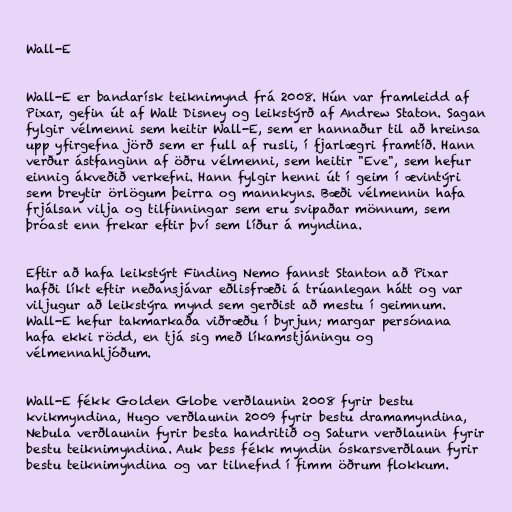
Wall-E

Wall-E er bandarísk teiknimynd frá 2008. Hún var framleidd af
Pixar, gefin út af Walt Disney og leikstýrð af Andrew Staton. Sagan
fylgir vélmenni sem heitir Wall-E, sem er hannaður til að hreinsa
upp yfirgefna jörð sem er full af rusli, í fjarlægri framtíð. Hann
verður ástfanginn af öðru vélmenni, sem heitir "Eve", sem hefur
einnig ákveðið verkefni. Hann fylgir henni út í geim í ævintýri
sem breytir örlögum þeirra og mannkyns. Bæði vélmennin hafa
frjálsan vilja og tilfinningar sem eru svipaðar mönnum, sem
þróast enn frekar eftir því sem líður á myndina.

Eftir að hafa leikstýrt Finding Nemo fannst Stanton að Pixar
hafði líkt eftir neðansjávar eðlisfræði á trúanlegan hátt og var
viljugur að leikstýra mynd sem gerðist að mestu í geimnum.
Wall-E hefur takmarkaða viðræðu í byrjun; margar persónana
hafa ekki rödd, en tjá sig með líkamstjáningu og
vélmennahljóðum.

Wall-E fékk Golden Globe verðlaunin 2008 fyrir bestu
kvikmyndina, Hugo verðlaunin 2009 fyrir bestu dramamyndina,
Nebula verðlaunin fyrir besta handritið og Saturn verðlaunin fyrir
bestu teiknimyndina. Auk þess fékk myndin óskarsverðlaun fyrir
bestu teiknimyndina og var tilnefnd í fimm öðrum flokkum.